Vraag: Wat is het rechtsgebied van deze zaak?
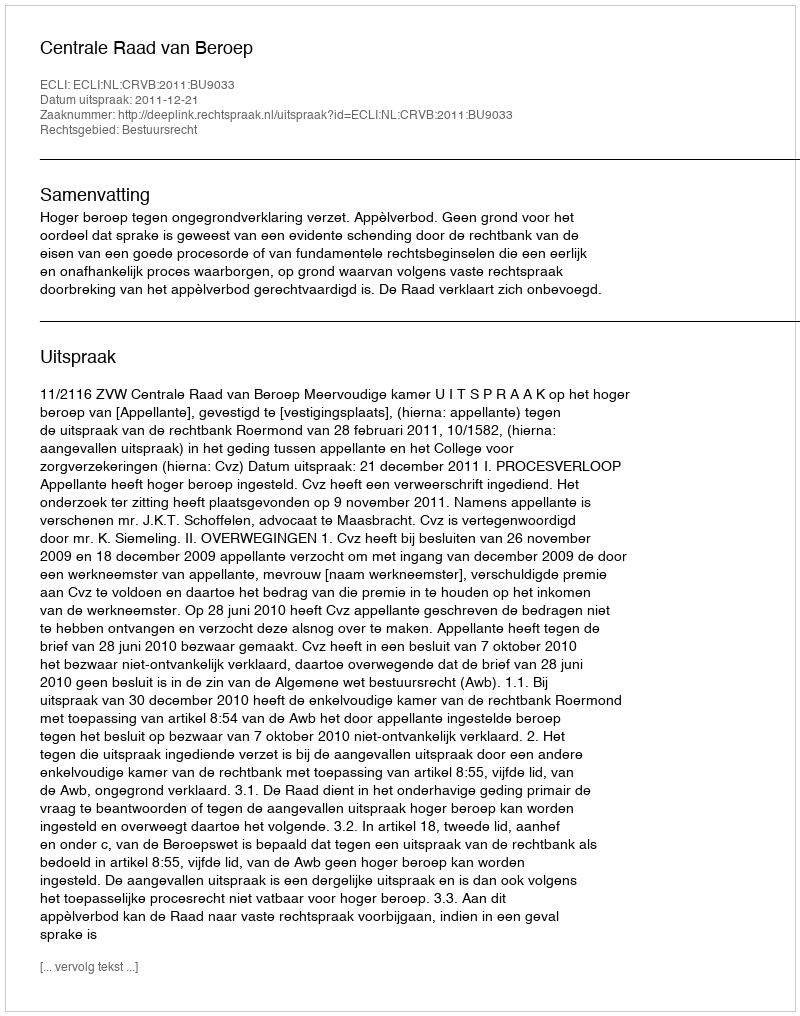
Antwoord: Bestuursrecht